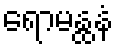
ရောမန္ထနံ